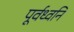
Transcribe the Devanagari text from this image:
पूर्वध्वनि